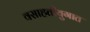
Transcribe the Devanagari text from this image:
वसाहतीयुगात